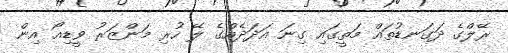
ރޭލްގެ ދަގަނޑުތައް މަތީގައި ގިނަ އަދަދެއްގެ ލޭ ހުރި މަންޒަރު ވީޑިއޯ އިން